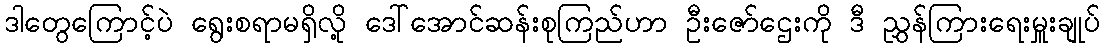
ဒါတွေကြောင့်ပဲ ရွေးစရာမရှိလို့ ဒေါ်အောင်ဆန်းစုကြည်ဟာ ဦးဇော်ဌေးကို ဒီ ညွှန်ကြားရေးမှူးချုပ်